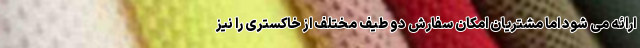
ارائه می شود اما مشتریان امکان سفارش دو طیف مختلف از خاکستری را نیز